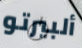
ألبيرتو